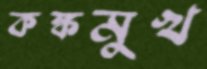
কঙ্কমুখ